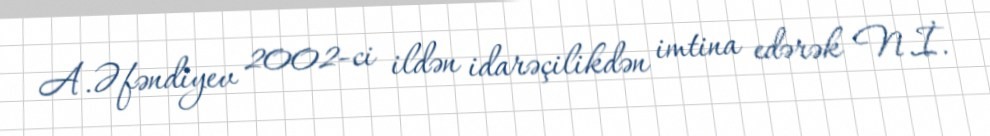
A.Əfəndiyev 2002-ci ildən idarəçilikdən imtina edərək N.İ.